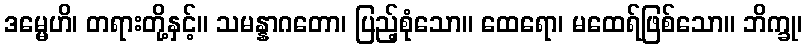
ဒမ္မေဟိ၊ တရားတို့နှင့်။ သမန္နာဂတော၊ ပြည့်စုံသော။ ထေရော၊ မထေရ်ဖြစ်သော။ ဘိက္ခု၊